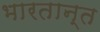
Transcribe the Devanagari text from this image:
भारतान्त